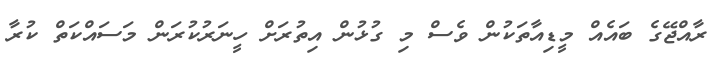
ރާއްޖޭގެ ބައެއް މީޑިއާތަކުން ވެސް މި ގުޅުން އިތުރަށް ހީނަރުކުރަން މަސައްކަތް ކުރާ